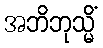
အဘိဘုသ္မိံ